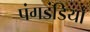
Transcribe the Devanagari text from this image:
पंगडंडियों